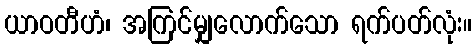
ယာဝတီဟံ၊ အကြင်မျှလောက်သော ရက်ပတ်လုံး။